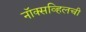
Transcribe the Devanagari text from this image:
नॉक्सव्हिलची